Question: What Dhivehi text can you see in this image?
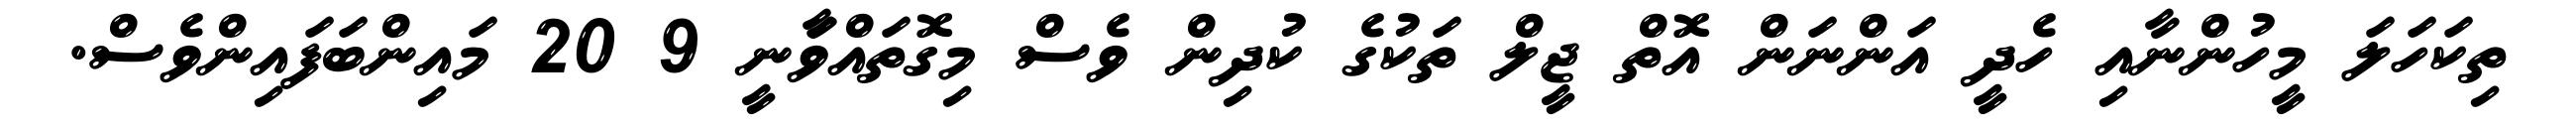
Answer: ތިކަހަލަ މީހުންނާއި ހެދީ އަންނަން އޮތް ޖީލް ތަކުގެ ކުދިން ވެސް މިގޮތައްވަާނީ 9 20 މައިންބަފައިންވެސް.